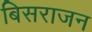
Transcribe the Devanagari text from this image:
बिसराजन